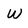
Character: w